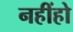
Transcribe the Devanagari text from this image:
नहींहो